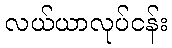
လယ်ယာလုပ်ငန်း